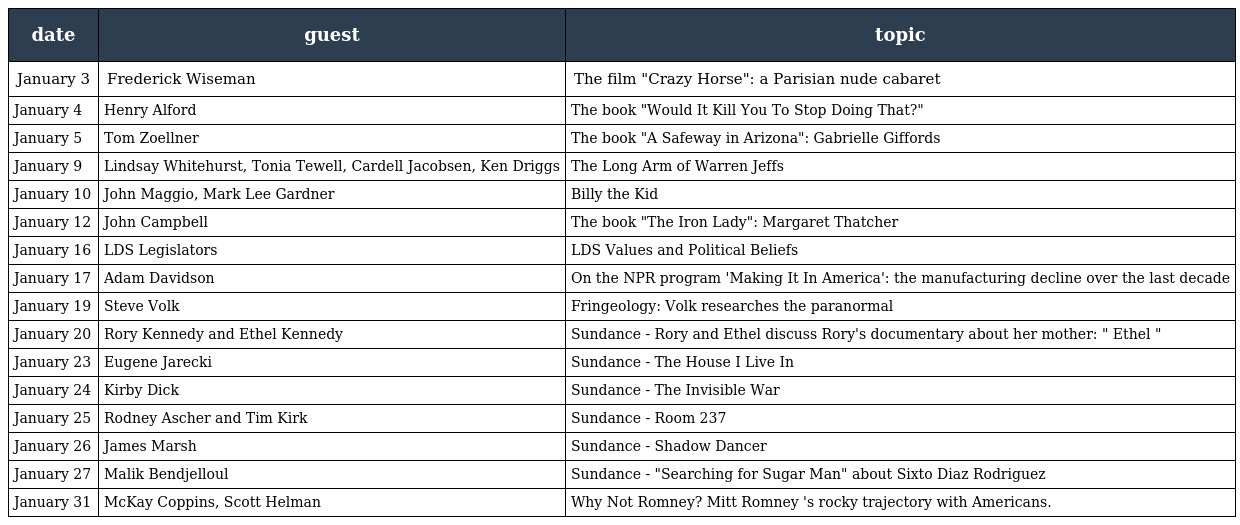
| date | guest | topic |
 | --- | --- | --- |
 | January 3 | Frederick Wiseman | The film "Crazy Horse": a Parisian nude cabaret |
 | January 4 | Henry Alford | The book "Would It Kill You To Stop Doing That?" |
 | January 5 | Tom Zoellner | The book "A Safeway in Arizona": Gabrielle Giffords |
 | January 9 | Lindsay Whitehurst, Tonia Tewell, Cardell Jacobsen, Ken Driggs | The Long Arm of Warren Jeffs |
 | January 10 | John Maggio, Mark Lee Gardner | Billy the Kid |
 | January 12 | John Campbell | The book "The Iron Lady": Margaret Thatcher |
 | January 16 | LDS Legislators | LDS Values and Political Beliefs |
 | January 17 | Adam Davidson | On the NPR program 'Making It In America': the manufacturing decline over the last decade |
 | January 19 | Steve Volk | Fringeology: Volk researches the paranormal |
 | January 20 | Rory Kennedy and Ethel Kennedy | Sundance - Rory and Ethel discuss Rory's documentary about her mother: " Ethel " |
 | January 23 | Eugene Jarecki | Sundance - The House I Live In |
 | January 24 | Kirby Dick | Sundance - The Invisible War |
 | January 25 | Rodney Ascher and Tim Kirk | Sundance - Room 237 |
 | January 26 | James Marsh | Sundance - Shadow Dancer |
 | January 27 | Malik Bendjelloul | Sundance - "Searching for Sugar Man" about Sixto Diaz Rodriguez |
 | January 31 | McKay Coppins, Scott Helman | Why Not Romney? Mitt Romney 's rocky trajectory with Americans. |